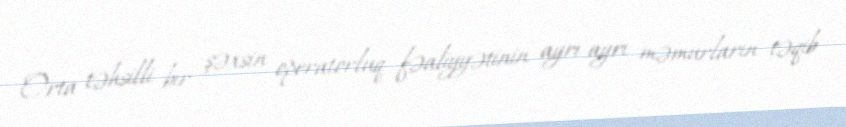
Orta təhsilli bir şəxsin operatorluq fəaliyyətinin ayrı-ayrı məmurların təqib